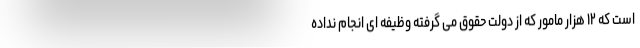
است که ۱۲ هزار مامور که از دولت حقوق می گرفته وظیفه ای انجام نداده